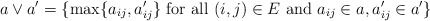
\begin{align*}a\vee a'=\{\max\{a_{ij},a_{ij}'\}\mbox{ for all }(i,j)\in E\mbox{ and }a_{ij}\in a,a'_{ij}\in a'\}\end{align*}